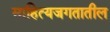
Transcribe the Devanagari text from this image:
साहित्यजगतातील